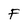
Character: F